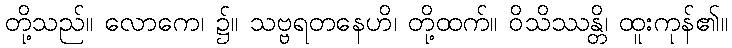
တို့သည်။ လောကေ၊ ၌။ သဗ္ဗရတနေဟိ၊ တို့ထက်။ ဝိသိဿန္တိ၊ ထူးကုန်၏။